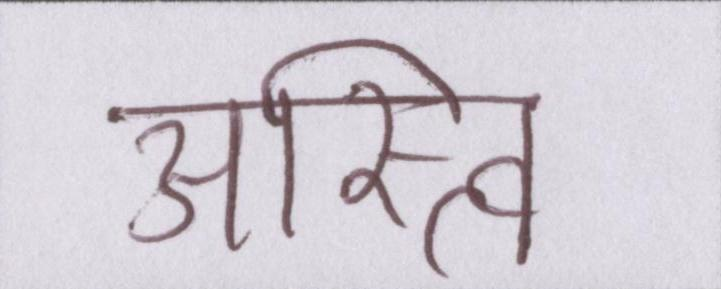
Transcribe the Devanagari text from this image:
अस्त्वि